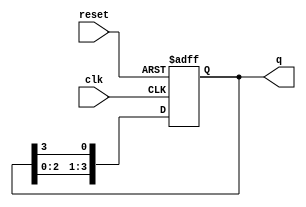
module ring_counter #(
    parameter N = 4  // Number of flip-flops
)(
    input wire clk,       // Clock input
    input wire reset,     // Asynchronous reset
    output reg [N-1:0] q // Output state of the ring counter
);

// Initial state
initial begin
    q = 1'b1; // Set the first flip-flop to '1' and others to '0'
end

// Always block for the ring counter operation
always @(posedge clk or posedge reset) begin
    if (reset) begin
        q <= 1'b1; // Reset to initial state
    end else begin
        // Shift the '1' to the left, wrapping around
        q <= {q[N-2:0], q[N-1]}; // Shift left and wrap around
    end
end

endmodule